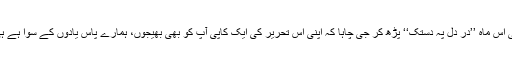
آپ کی اس ماہ ’’درِ دل پہ دستک‘‘ پڑھ کر جی چاہا کہ اپنی اس تحریر کی ایک کاپی آپ کو بھی بھیجوں، ہمارے پاس یادوں کے سوا ہے ہی کیا؟